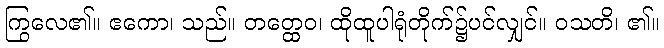
ကြွလေ၏။ ဧကော၊ သည်။ တတ္ထေဝ၊ ထိုထူပါရုံတိုက်၌ပင်လျှင်။ ဝသတိ၊ ၏။